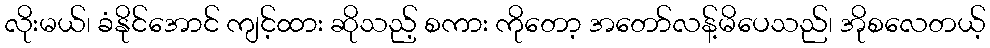
လိုးမယ်၊ ခံနိုင်အောင် ကျင့်ထား ဆိုသည့် စကား ကိုတော့ အတော်လန့်မိပေသည်၊ အိုစလေတယ့်